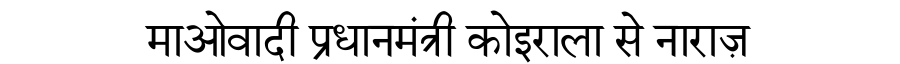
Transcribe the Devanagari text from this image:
माओवादी प्रधानमंत्री कोइराला से नाराज़